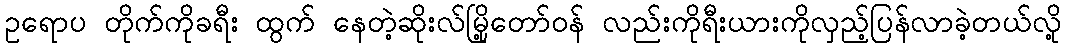
ဥရောပ တိုက်ကိုခရီး ထွက် နေတဲ့ဆိုးလ်မြို့တော်ဝန် လည်းကိုရီးယားကိုလှည့်ပြန်လာခဲ့တယ်လို့